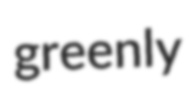
greenly